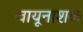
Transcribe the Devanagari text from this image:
वायूनाशक